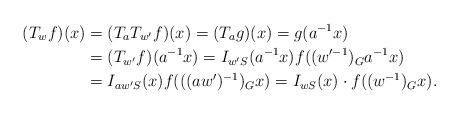
LaTeX: \begin{align*}(T_wf)(x)&=(T_aT_{w'}f)(x)=(T_ag)(x)=g(a^{-1}x)\\&=(T_{w'}f)(a^{-1}x)=I_{w'S}(a^{-1}x)f((w'^{-1})_Ga^{-1}x)\\&=I_{aw'S}(x)f(((aw')^{-1})_Gx) = I_{wS}(x)\cdot f((w^{-1})_Gx).\end{align*}